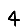
Digit: 4